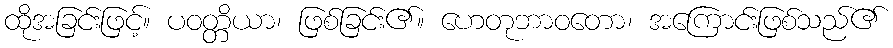
ထိုအခြင်းဖြင့်။ ပဝတ္တိယာ၊ ဖြစ်ခြင်း၏။ ဟေတုဘာဝတော၊ အကြောင်းဖြစ်သည်၏